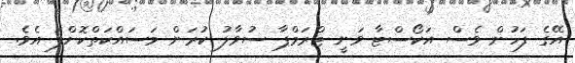
އޭގެ ފަހުން ވެސް އަކޯސްޓާ ވަނީ ޓްރަމްޕާ ސުވާލު ކުރަން މަސައްކަތްކޮށްފަ އެވެ.